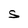
Character: S